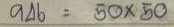
946 = 50 x 50